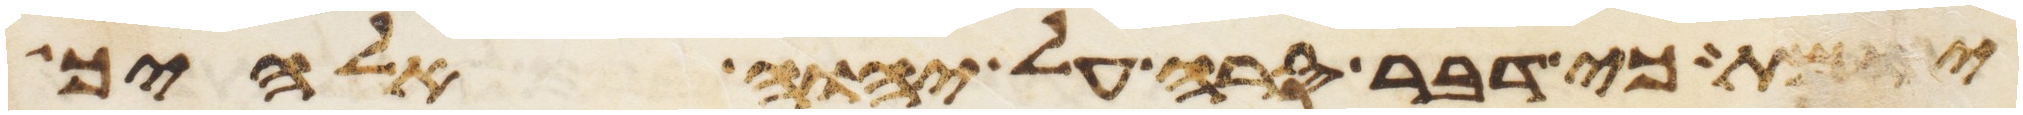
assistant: יומת כי דבר סרה על יהוה אלהיך